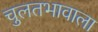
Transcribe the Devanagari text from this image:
चुलतभावाला